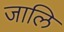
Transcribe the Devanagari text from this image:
जालि